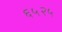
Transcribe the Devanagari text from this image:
६५२५